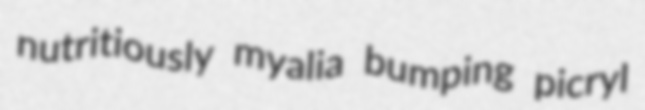
nutritiously myalia bumping picryl